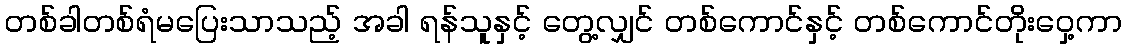
တစ်ခါတစ်ရံမပြေးသာသည့် အခါ ရန်သူနှင့် တွေ့လျှင် တစ်ကောင်နှင့် တစ်ကောင်တိုးဝှေ့ကာ